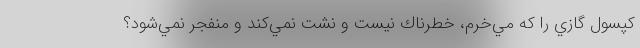
كپسول گازي را كه مي‌خرم، خطرناك نيست و نشت نمي‌كند و منفجر نمي‌شود؟